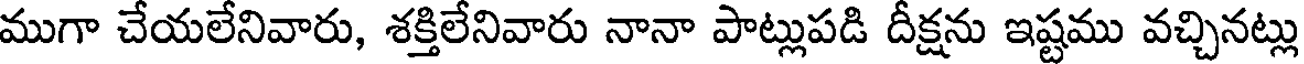
ముగా చేయలేనివారు, శక్తిలేనివారు నానా పాట్లుపడి దీక్షను ఇష్టము వచ్చినట్లు